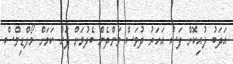
އަދަބު ލުއިކޮށް ފަސް އަހަރު ދުވަސް ވަންދެން ބެލުމަށް ފަހު ކަމަށް މޯލްޑިވްސް